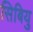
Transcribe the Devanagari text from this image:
सिबियु